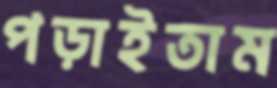
পড়াইতাম